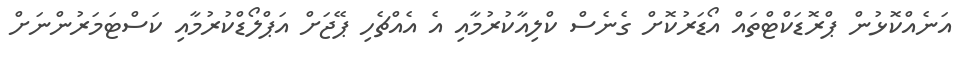
އަނެއްކޮޅުން ޕްރޮޑަކްޓްތައް އޯޑަރުކޮށް ގެނެސް ކްލިއާކުރުމާއި އެ އެއްޗެހި ޕޭޖަށް އަޕްލޯޑްކުރުމާއި ކަސްޓަމަރުންނަށް